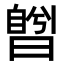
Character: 𣊅